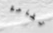
تفاحة